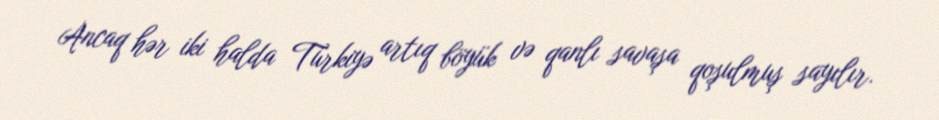
Ancaq hər iki halda Türkiyə artıq böyük və qanlı savaşa qoşulmuş sayılır.